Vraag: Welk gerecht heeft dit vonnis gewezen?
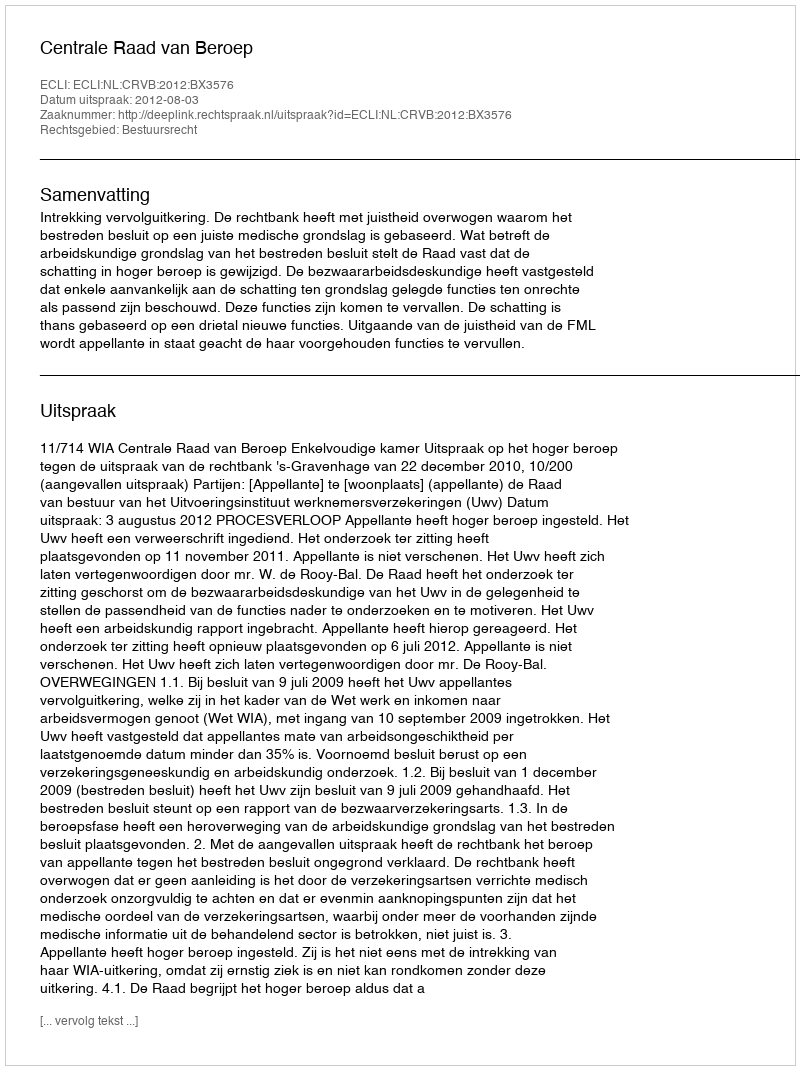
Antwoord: Centrale Raad van Beroep